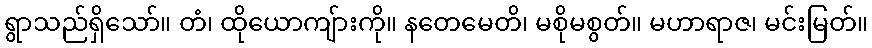
ရွာသည်ရှိသော်။ တံ၊ ထိုယောကျ်ားကို။ နတေမေတိ၊ မစိုမစွတ်။ မဟာရာဇ၊ မင်းမြတ်။